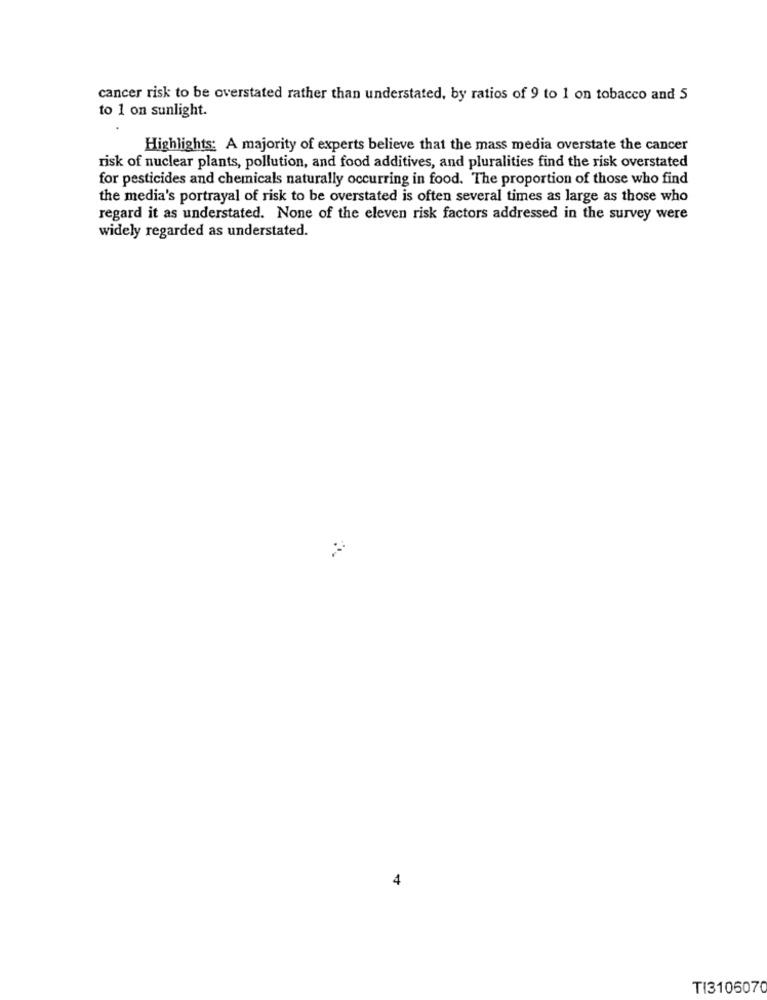
cancer risk to be overstated rather than understated, by ratios of 9 to 1 on tobacco and 5
to 1 on sunlight.
Highlights: A majority of experts believe that the mass media overstate the cancer
risk of nuclear plants, pollution, and food additives, and pluralities find the risk overstated
for pesticides and chemicals naturally occurring in food. The proportion of those who find
the media's portrayal of risk to be overstated is often several times as large as those who
regard it as understated. None of the eleven risk factors addressed in the survey were
widely regarded as understated.
4
TI3106070